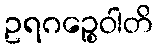
ဥရဂဉ္စေဝါတိ